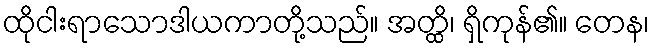
ထိုငါးရာသောဒါယကာတို့သည်။ အတ္ထိ၊ ရှိကုန်၏။ တေန၊